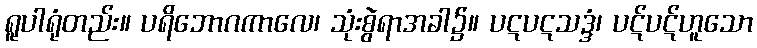
ရူပါရုံတည်း။ ပရိဘောဂကာလေ၊ သုံးစွဲရာအခါ၌။ ပဋပဋသဒ္ဒံ၊ ပဋ်ပဋ်ဟူသော